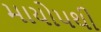
માયોપથી